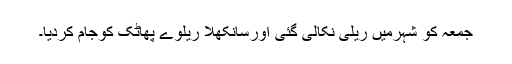
جمعہ کو شہرمیں ریلی نکالی گئی اورسانکھلا ریلوے پھاٹک کوجام کردیا۔